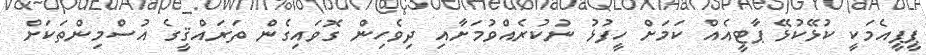
ޕީޕީއެމަކީ ކުޅޭކުޅޭ ޕާޓީއެއް ކަމަށް ހީފުޅު ނުކުރެއްވުމަށާއި ދިވެހިން ގޮވައިގެން ތަރައްޤީގެ އުސްމިންތަކަށް